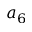
a _ { 6 }